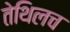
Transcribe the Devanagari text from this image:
तेथिलच